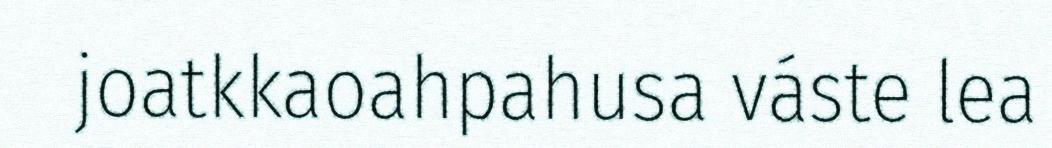
joatkkaoahpahusa váste lea